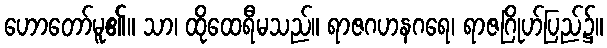
ဟောတော်မူ၏။ သာ၊ ထိုထေရီမသည်။ ရာဇဂဟနဂရေ၊ ရာဇဂြိုဟ်ပြည်၌။